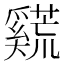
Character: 𪥣